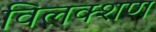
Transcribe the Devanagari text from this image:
विलक्शण